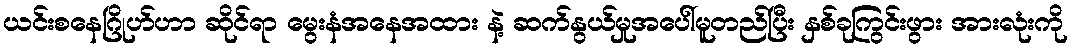
ယင်းစနေဂြိုဟ်ဟာ ဆိုင်ရာ မွေးနံအနေအထား နဲ့ ဆက်နွယ်မှုအပေါ်မူတည်ပြီး နှစ်ခုကြွင်းဖွား အားလုံးကို